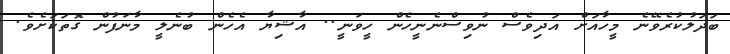
ބަދަލުކުރެވޭނެ މީހާއަށް އަދިވެސް ނުވިސްނެނީހެން ހީވަނީ.. އާޝިޔާ އެހެން ބުނެލީ މާނަފުން ގޮތަަކަށެވެ.